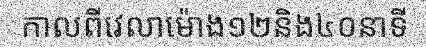
កាលពីវេលាម៉ោង១២និង៤០នាទី